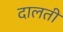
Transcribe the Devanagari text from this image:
दालती